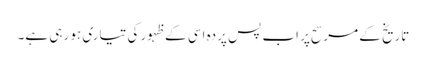
تاریخ کے مرسح پر اب پس پردہ اسی کے ظہور کی تیاری ہو رہی ہے۔